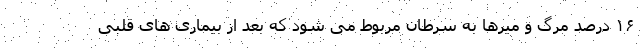
۱۶ درصد مرگ و میرها به سرطان مربوط می شود که بعد از بیماری های قلبی